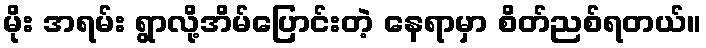
မိုး အရမ်း ရွာလို့အိမ်ပြောင်းတဲ့ နေရာမှာ စိတ်ညစ်ရတယ်။